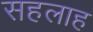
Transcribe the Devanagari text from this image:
सहलाह